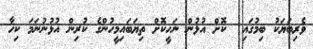
ވެރިބަޔަކު ބިމުގައި  ކޮށް އުޅުން ނަހީކޮށް ތިޔަބައިމީހުންގެ ކުރިން އުޅުނުނަމަަ ކިހާ